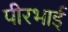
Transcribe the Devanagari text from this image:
पीरभाई